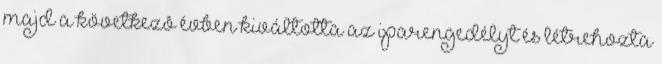
majd a következô évben kiváltotta az iparengedélyt és létrehozta